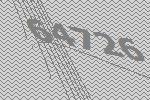
64726